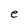
Character: e